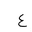
Letter: _ayn